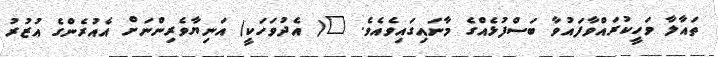
ތައާލާ ވަހީކުރައްވާފައުވާ ބަސްފުޅެއްގެ މާނައިގައިވެއެވެ. "( އެދުވަހަކީ) އަނިޔާވެރިންނަށް އެއުރެންގެ އުޒުރު